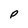
Character: P